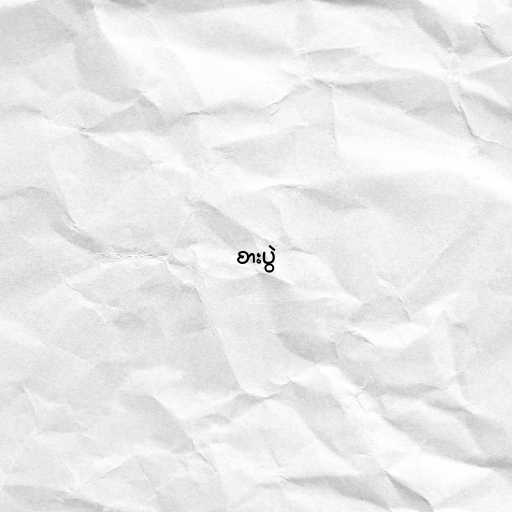
စားပွဲ